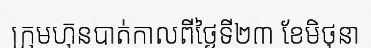
ក្រុមហ៊ុនបាត់កាលពីថ្ងៃទី២៣ ខែមិថុនា